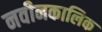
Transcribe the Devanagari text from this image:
नवीनकालिक